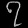
Digit: ၇